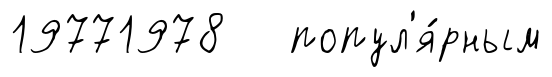
19771978 попул'я́рным